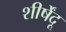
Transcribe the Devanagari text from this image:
शीर्षेंदू